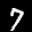
Label: 7